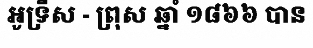
អូទ្រីស - ព្រុស ឆ្នាំ ១៨៦៦ បាន